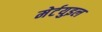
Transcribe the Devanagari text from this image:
मेर्टयुइल